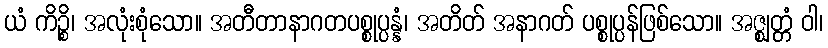
ယံ ကိဉ္စိ၊ အလုံးစုံသော။ အတီတာနာဂတပစ္စုပ္ပန္နံ၊ အတိတ် အနာဂတ် ပစ္စုပ္ပန်ဖြစ်သော။ အဇ္ဈတ္တံ ဝါ၊